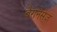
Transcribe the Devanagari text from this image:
बैरोनेसेज़